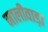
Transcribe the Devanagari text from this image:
मालीवाड़ा